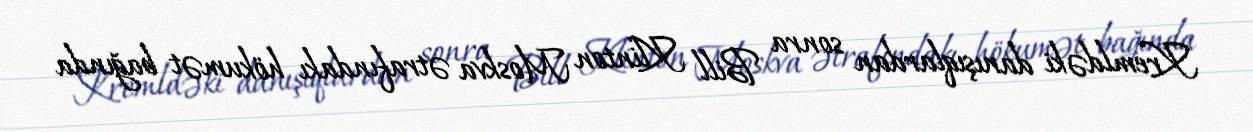
Kremldəki danışıqlardan sonra Bill Klinton Moskva ətrafındakı hökumət bağında